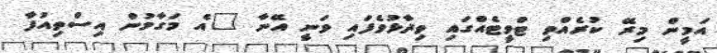
އަމީން މިރޭ ކުރެއްވި ޓްވީޓެއްގައި ވިދާޅުވެފައި ވަނީ އޭނާ "އެ މަގާމުން އިސްތިއުފާ